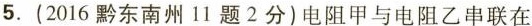
5.(2016东南州11题2分)电阻甲与电阻乙串联在